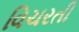
વિચરતી